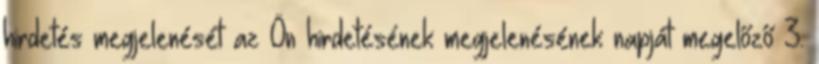
hirdetés megjelenését az Ön hirdetésének megjelenésének napját megelőző 3.